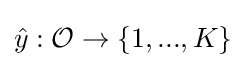
{\hat {y}}:{\mathcal {O}}\to \{1,...,K\}